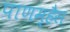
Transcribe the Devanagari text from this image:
पाणम्हैस